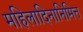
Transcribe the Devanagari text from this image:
महिलादिनानिमित्त